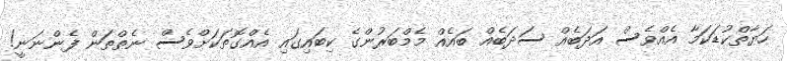
ހަޔާތްކުޑަކަމާ އެއްވެސް އަދަބެއް ސަދަބެއް ބައެއް މެމްބަރުންގެ ކިބައިގައި އެއްގޮތަކަށްވެސް ނެތްތަން ފެންނަނީ!